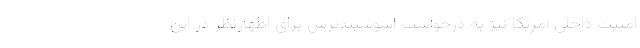
امنیت داخلی آمریکا نیز به درخواست آسوشیتدپرس برای اظهارنظر در این